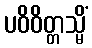
ပဝိဝိတ္တသ္မိံ